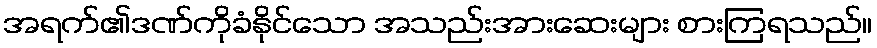
အရက်၏ဒဏ်ကိုခံနိုင်သော အသည်းအားဆေးများ စားကြရသည်။